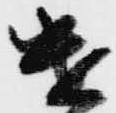
遣